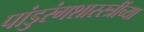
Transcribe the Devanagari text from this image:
पांडुरंगशास्स्त्रींच्या